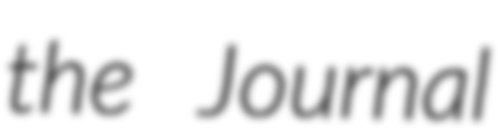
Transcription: the Journal